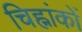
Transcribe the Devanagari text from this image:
चिह्नांकों